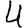
Digit: 4